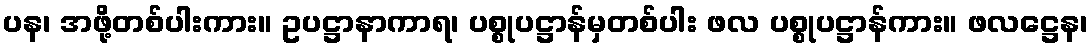
ပန၊ အဖို့တစ်ပါးကား။ ဥပဋ္ဌာနာကာရ၊ ပစ္စုပဋ္ဌာန်မှတစ်ပါး ဖလ ပစ္စုပဋ္ဌာန်ကား။ ဖလဋ္ဌေန၊